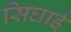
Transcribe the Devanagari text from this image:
सिघाई